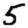
Digit: 5